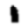
Digit: 1